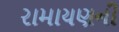
રામાયણની